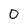
Character: 0